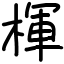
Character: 楎